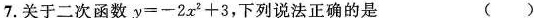
7.关于二次函数$$y=-2x^{2}+3$$，下列说法正确的是 ( )